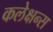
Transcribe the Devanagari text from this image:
कलेक्षन्स